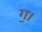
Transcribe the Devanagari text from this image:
ग॒।